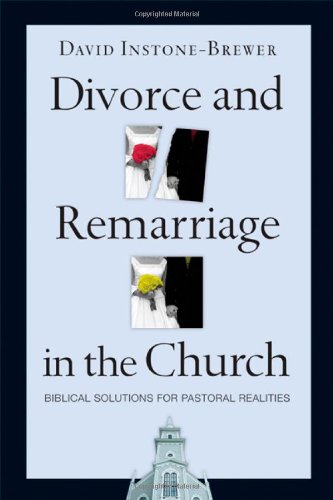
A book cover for Divorce and Remarriage in the Church: Biblical Solutions for Pastoral Realities; David Instone-Brewer; Parenting & Relationships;